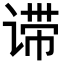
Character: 𬤈